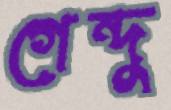
গেন্দু